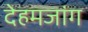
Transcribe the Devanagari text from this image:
देहमजांग